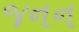
જનન